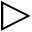
\triangleright